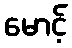
မောင့်